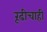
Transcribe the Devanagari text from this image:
रूढीचाही